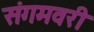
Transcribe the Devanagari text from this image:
संगमवरी